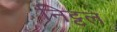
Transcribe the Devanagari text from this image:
निट्टल